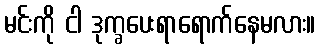
မင်းကို ငါ ဒုက္ခပေးရာရောက်နေမလား။